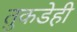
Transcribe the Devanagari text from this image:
तुकडेही